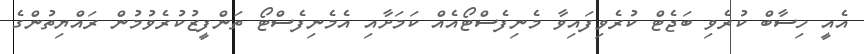
އެއީ ހިސާބް ކުރެވި ބަޖެޓް ކުރެވިފައިވާ މެނިފެސްޓޯއެއް ކަމަށާއި އެމެނިފެސްޓޯ ތަންފީޒުކުރެވުމުން ރައްޔިތުންގެ